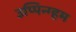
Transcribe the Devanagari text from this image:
उप्पिन्ग्हम